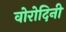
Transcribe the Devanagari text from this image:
वोरोदिनी